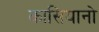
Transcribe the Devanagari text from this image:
कासियानो